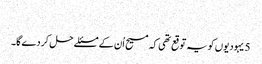
‏
5 یہودیوں کو یہ توقع تھی کہ مسیح اُن کے مسئلے حل کر دے گا۔